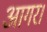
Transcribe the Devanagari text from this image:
आगर।